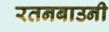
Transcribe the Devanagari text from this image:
रतनबाउनी